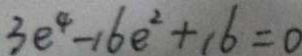
3 e ^ { 4 } - 1 6 e ^ { 2 } + 1 6 = 0